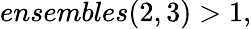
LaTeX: ensembles(2,3)>1,